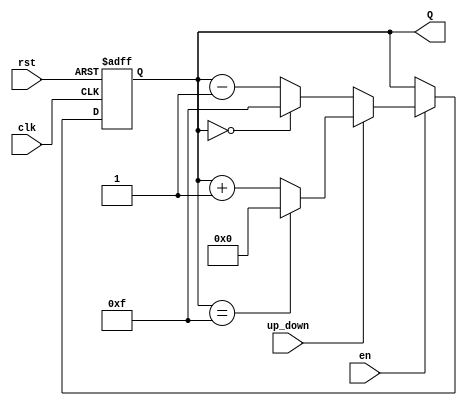
module synchronous_counter (
    input wire clk,        // Clock input
    input wire rst,        // Asynchronous reset input
    input wire en,         // Enable input
    input wire up_down,    // Up/Down control input
    output reg [N-1:0] Q   // Count output (N bits wide)
);
    parameter N = 4; // Number of bits for the counter (adjust as needed)
    parameter MAX_COUNT = (1 << N) - 1; // Maximum count value (2^N - 1)

    always @(posedge clk or posedge rst) begin
        if (rst) begin
            Q <= 0; // Reset the counter to 0
        end else if (en) begin
            if (up_down) begin
                // Count up
                if (Q == MAX_COUNT) begin
                    Q <= 0; // Wrap around to 0
                end else begin
                    Q <= Q + 1; // Increment the counter
                end
            end else begin
                // Count down
                if (Q == 0) begin
                    Q <= MAX_COUNT; // Wrap around to MAX_COUNT
                end else begin
                    Q <= Q - 1; // Decrement the counter
                end
            end
        end
    end
endmodule